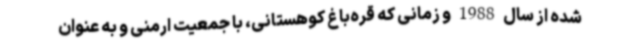
شده از سال 1988 و زمانی که قره‌باغ کوهستانی، با جمعیت ارمنی و به عنوان